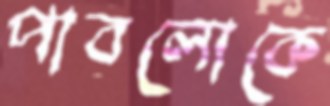
পাবলোকে